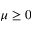
\mu \ge 0